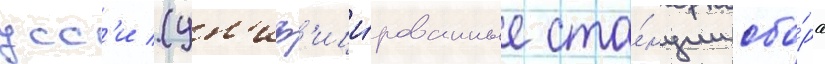
усс'и (ун'иф'ици́рованные ста́нции сбо́ра